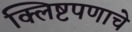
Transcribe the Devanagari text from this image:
क्लिष्टपणाचे